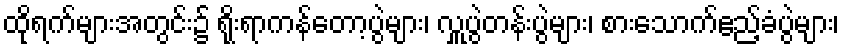
ထိုရက်များအတွင်း၌ ရိုးရာကန်တော့ပွဲများ၊ လှူပွဲတန်းပွဲများ၊ စားသောက်ဧည့်ခံပွဲများ၊